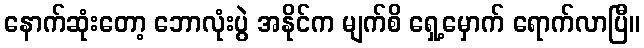
နောက်ဆုံးတော့ ဘောလုံးပွဲ အနိုင်က မျက်စိ ရှေ့မှောက် ရောက်လာပြီ။